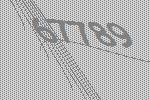
67789